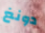
دونغ